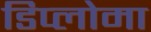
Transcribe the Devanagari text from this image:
डिप्‍लोमा